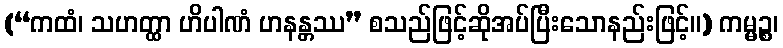
(“ကထံ၊ သဟတ္ထာ ဟိပါဏံ ဟနန္တဿ” စသည်ဖြင့်ဆိုအပ်ပြီးသောနည်းဖြင့်။) ကမ္မဉ္စ၊